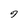
Character: 7